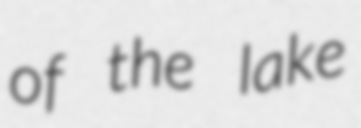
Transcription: of the lake